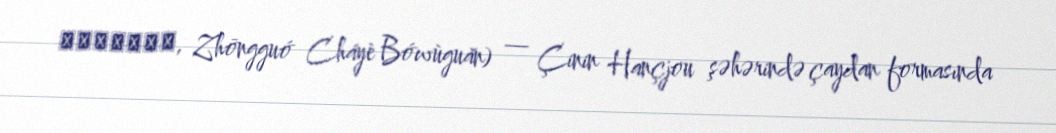
中国茶叶博物馆, Zhōngguó Cháyè Bówùguǎn) — Çinin Hançjou şəhərində çaydan formasında